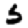
Digit: 5